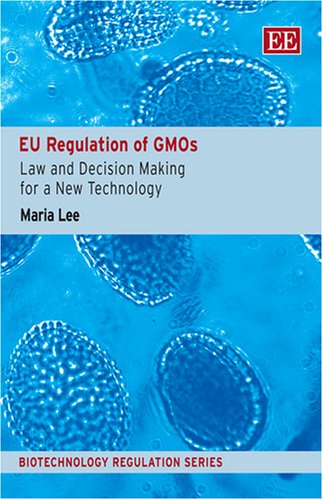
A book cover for EU Regulation Of GMO's: Law and Decision Making for A New Technology (Biotechnology Regulation); Maria Lee; Health, Fitness & Dieting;